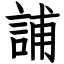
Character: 誧